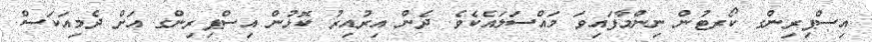
އިސްޕިރިންގ ކޯރޓުން ނިންމާފައިވަަ މައްސަލައެކެވެ. ދެން އިރުއިރު ކޮޅުން އިސްޕިރިންގ އަށް ދެމިއަކަސް